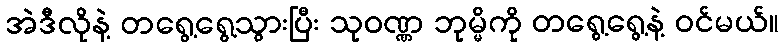
အဲဒီလိုနဲ့ တရွေ့ရွေ့သွားပြီး သုဝဏ္ဏ ဘုမ္မိကို တရွေ့ရွေ့နဲ့ ဝင်မယ်။